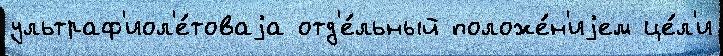
ультраф'иол'е́товаjа отд'е́льный положе́н'иjем це́л'и